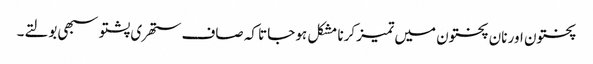
پختون اور نان پختون میں تمیز کرنا مشکل ہو جاتا کہ صاف ستھری پشتو سبھی بولتے۔